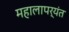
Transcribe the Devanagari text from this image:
महालापर्यंत